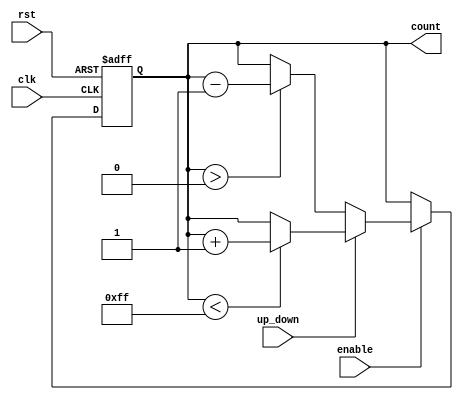
module up_down_counter (
    input wire clk,            // Clock input
    input wire rst,            // Asynchronous reset
    input wire up_down,        // Up/Down control signal
    input wire enable,         // Enable signal
    output reg [7:0] count     // 8-bit count output (adjust width as needed)
);

// Asynchronous reset
always @(posedge clk or posedge rst) begin
    if (rst) begin
        count <= 8'b0;        // Reset count to 0
    end else if (enable) begin
        if (up_down) begin
            if (count < 8'hFF) // Check for overflow
                count <= count + 1; // Increment count
        end else begin
            if (count > 8'h00) // Check for underflow
                count <= count - 1; // Decrement count
        end
    end
end

endmodule